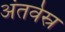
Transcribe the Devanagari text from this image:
अंतर्वस्र